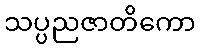
သပ္ပညဇာတိကော